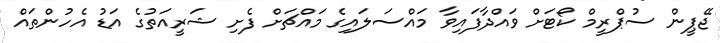
ޖޭޕީން ސުޕްރީމް ކޯޓަށް ވައްދާފައިވާ މައްސަލައިގެ މައްޗަށް ފެށި ޝަރީއަތުގެ އަޑު އެހުންތައް